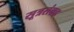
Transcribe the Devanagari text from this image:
सूत्रसंग्रह